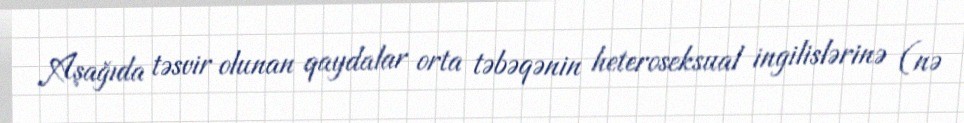
Aşağıda təsvir olunan qaydalar orta təbəqənin heteroseksual ingilislərinə (nə